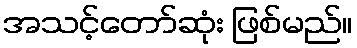
အသင့်တော်ဆုံး ဖြစ်မည်။